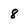
Character: 8